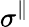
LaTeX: \sigma^{\parallel}